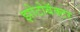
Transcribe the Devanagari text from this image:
झोटोबॅक्टर